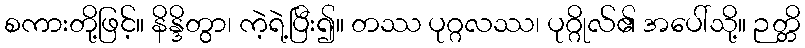
စကားတို့ဖြင့်။ နိန္ဒိတွာ၊ ကဲ့ရဲ့ပြီး၍။ တဿ ပုဂ္ဂလဿ၊ ပုဂ္ဂိုလ်၏ အပေါ်သို့။ ဉတ္တိ